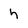
Character: h